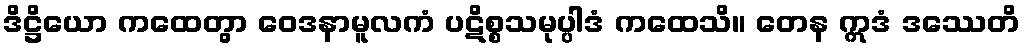
ဒိဋ္ဌိယော ကထေတွာ ဝေဒနာမူလကံ ပဋိစ္စသမုပ္ပါဒံ ကထေသိ။ တေန ဣဒံ ဒဿေတိ